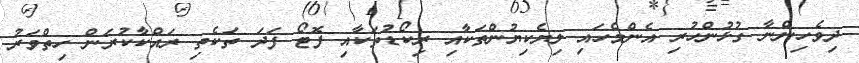
ދިވެހިންނާ ގުޅުންހުރި އެންމެހައި ލިޔެކިޔުންތަކާއި ރިކޯޑުތަކާއި ފޮޓޯ ފަދަ ތަކެތި ރައްކާކުރަން ހިތްވަރު